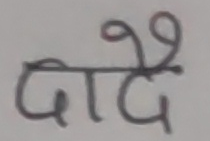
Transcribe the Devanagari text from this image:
दै